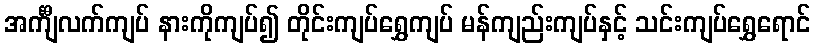
အင်္ကျီလက်ကျပ် နားကိုကျပ်၍ တိုင်းကျပ်ရွှေကျပ် မန်ကျည်းကျပ်နှင့် သင်းကျပ်ရွှေရောင်